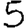
Digit: 5